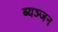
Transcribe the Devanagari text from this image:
ब्यञ्जन